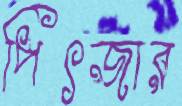
পিৎজার